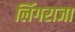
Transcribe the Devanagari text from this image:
लिंगराजा